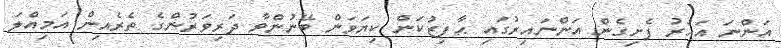
އަންނަ އަހަރު ފެށިގެން އަންނައިރުގައި ޙާފިޒުކަން ކިޔަވަން ބޭނުންވާ ދަރިވަރުންގެ ތެރެއިން އަމިއްލަ